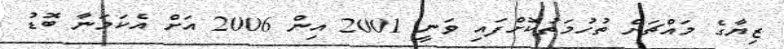
ޒިޔާގެ މައްޗަށް ތުހުމަތުކޮށްފައި ވަނީ 2001 އިން 2006 އަށް އެކަމަނާ ބޮޑު